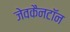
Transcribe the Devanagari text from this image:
जेवकैनटॉन